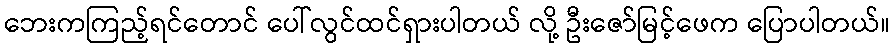
ဘေးကကြည့်ရင်တောင် ပေါ်လွင်ထင်ရှားပါတယ် လို့ ဦးဇော်မြင့်ဖေက ပြောပါတယ်။